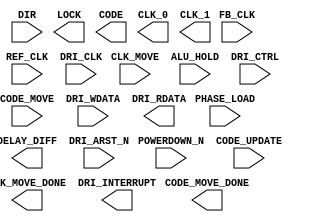
`timescale 1 ns/100 ps
// Version: 


module DLL(
       POWERDOWN_N,
       DIR,
       CLK_MOVE,
       CODE_MOVE,
       ALU_HOLD,
       CODE_UPDATE,
       PHASE_LOAD,
       CLK_MOVE_DONE,
       CODE_MOVE_DONE,
       LOCK,
       DELAY_DIFF,
       CODE,
       REF_CLK,
       FB_CLK,
       CLK_0,
       CLK_1,
       DRI_CLK,
       DRI_CTRL,
       DRI_WDATA,
       DRI_ARST_N,
       DRI_RDATA,
       DRI_INTERRUPT
    ) ;
/* synthesis syn_black_box

syn_tpd0 = " FB_CLK->CLK_0 = 1.384"
syn_tpd1 = " FB_CLK->CLK_1 = 1.384"
syn_tpd2 = " REF_CLK->CLK_0 = 1.384"
syn_tpd3 = " REF_CLK->CLK_1 = 1.384"
*/
/* synthesis black_box_pad_pin ="" */
input  POWERDOWN_N;
input  DIR;
input  CLK_MOVE;
input  CODE_MOVE;
input  ALU_HOLD;
input  CODE_UPDATE;
input  PHASE_LOAD;
output CLK_MOVE_DONE;
output CODE_MOVE_DONE;
output LOCK;
output DELAY_DIFF;
output [7:0] CODE;
input  REF_CLK;
input  FB_CLK;
output CLK_0;
output CLK_1;
input  DRI_CLK;
input  [10:0] DRI_CTRL;
input  [32:0] DRI_WDATA;
input  DRI_ARST_N;
output [32:0] DRI_RDATA;
output DRI_INTERRUPT;
parameter DATA_RATE = 0.0;
parameter FORMAL_NAME = "";
parameter INTERFACE_NAME = "";
parameter INTERFACE_LEVEL = 'h0;
parameter SOFTRESET = 'h0;
parameter PRIMARY_PHASE = 'h0;
parameter SECONDARY_PHASE = 'h0;
parameter PRIMARY_CLK_SEL = 'h0;
parameter SECONDARY_CLK_SEL = 'h0;
parameter REF_SEL = 'h0;
parameter FB_SEL = 'h0;
parameter DIV_SEL = 'h0;
parameter SECONDARY_FINE_PHASE = 'h0;
parameter ALU_UPDATE = 'h0;
parameter PHASE_CODE_SEL = 'h0;
parameter LOCK_TOLERANCE = 'h0;
parameter LOCK_HIGH = 'h0;
parameter LOCK_LOW = 'h0;
parameter SET_ALU = 'h0;
parameter ADJ_DEL4 = 'h0;
parameter RESERVED_0 = 'h0;
parameter ADJ_CODE = 'h0;
parameter INIT_CODE = 'h0;
parameter FAST_RELOCK = 'h0;
parameter POWERDOWN_EN = 'h0;
parameter RESET = 'h0;
parameter SOFT_ALU_HOLD = 'h0;
parameter SOFT_CODE_UPDATE = 'h0;
parameter SOFT_LOCK_DBG = 'h0;
parameter SOFT_LOCK_FRC = 'h0;
parameter SOFT_PHASE_DIRECTION = 'h0;
parameter SOFT_PHASE_LOAD = 'h0;
parameter SOFT_PHASE_MOVE_CLK = 'h0;
parameter SOFT_MOVE_CODE = 'h0;
parameter TEST_RING = 'h0;
parameter DELAY_DIFF_RANGE = 'h0;
parameter DRI_EN = 'h0;

endmodule